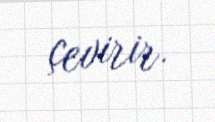
çevirir.